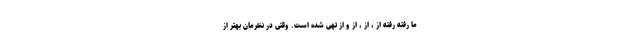
ما رفته رفته از ، از ، از و از تهی شده است. وقتی در نظرمان بهتر از